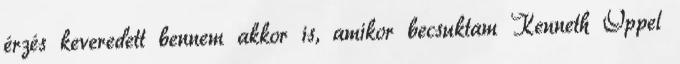
érzés keveredett bennem akkor is, amikor becsuktam Kenneth Oppel